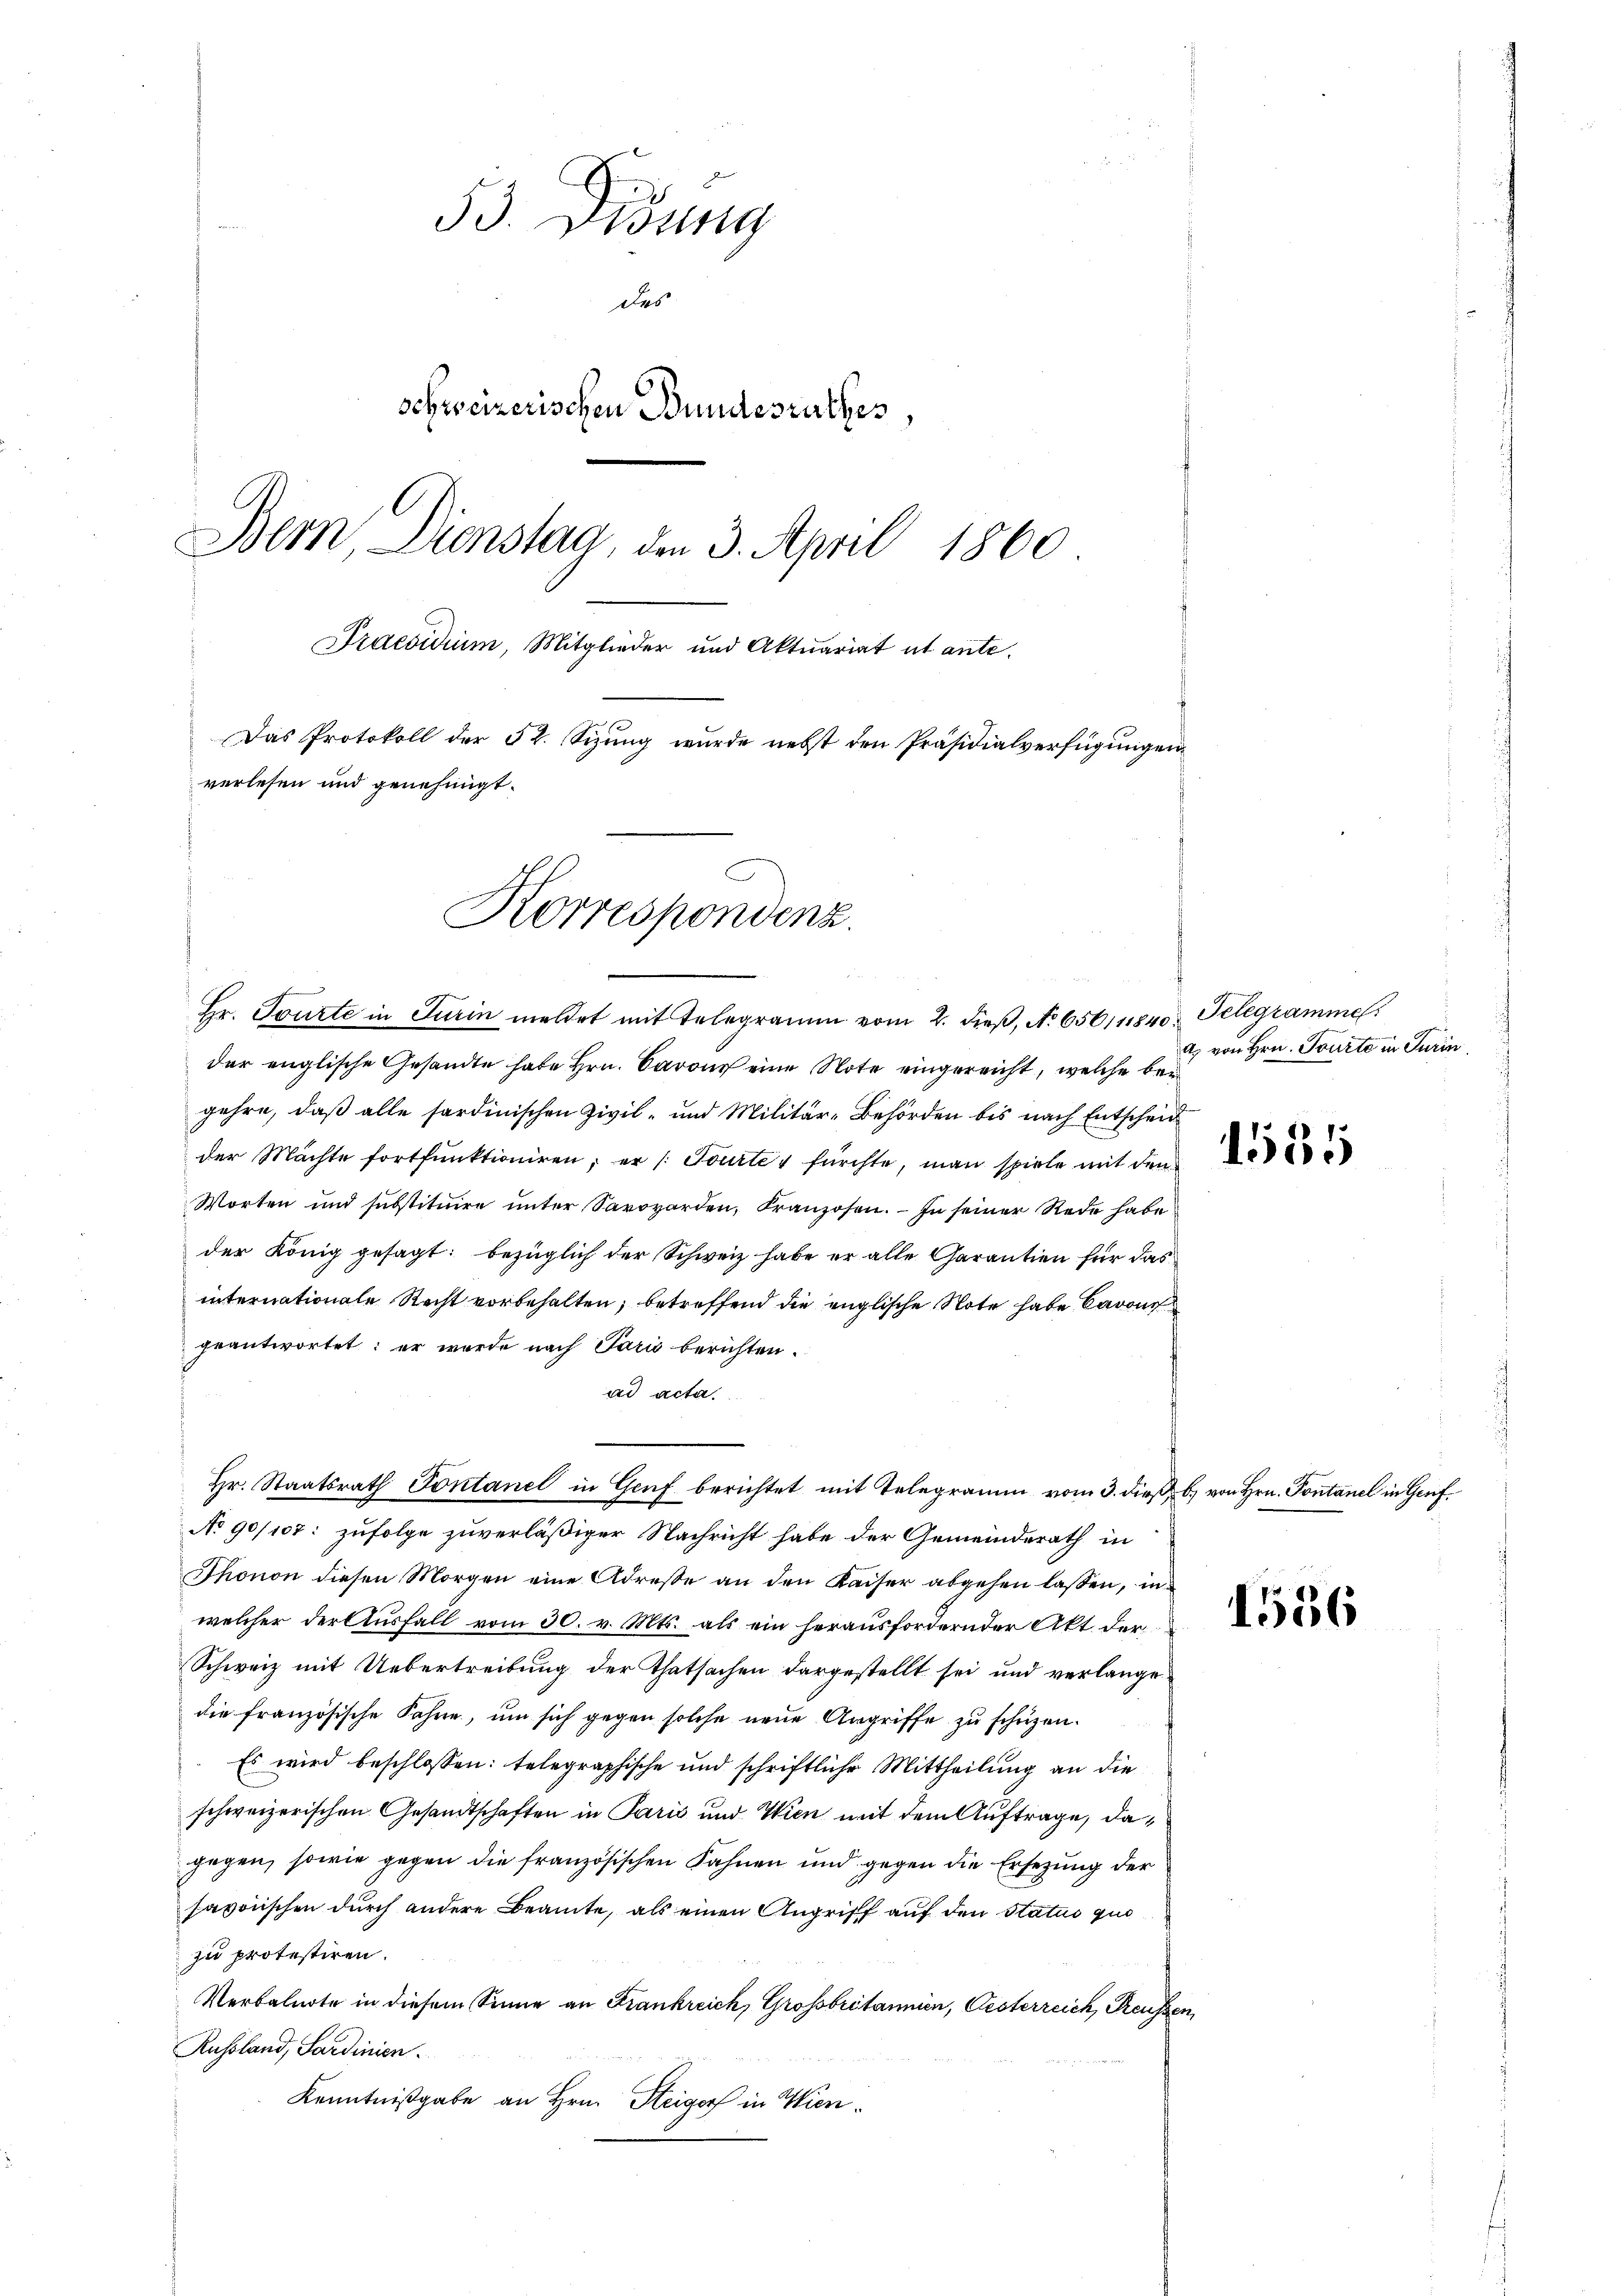
53. Disung
des
schweizerischen Bundesrathes,
Bern, Dienstag, den 3. April 1860
Praesidium, Mitglieder und Aktuariat ut ante-
Das Protokoll der 52. Sizung wurde nebst den Präsidialverfügungen
verlesen und genehmigt.
Korrespondenz.

Hr. Tourte in Turin meldet mit Telegramm vom 2. dieβ, No 656/11840, Telegrammel
der englische Gesandte habe Hrn. Barons eine Note eingereicht, welche bei
gehre, daß alle sardinischen Zivil- und Militär-Behörden bis nach Entscheid
der Mächte fortfunktioniren; er /: Tourter fürchte, man spiele mit den
Worten und substituire unter Savovorden, Franzosen. - In seiner Rede habe.
der König gesagt: bezüglich der Schweiz habe er alle Garantien für das
internationale Recht vorbehalten, betreffend die englische Note habe davon
geantwortet: er wurde nach Paris berichten.
ad acta.
Hr. Staatsrath Pontanel in Genf berichtet mit Telegramm vom 3. dieß b.) von Hrn. Pontanel in Genf¬
No 90/107: zufolge zuverläßiger Nachricht habe der Gemeinderath in
Thonon diesen Morgen eine Adresse an den Kaiser abgehen lassen, in
welcher der Ausfall vom 30. v. Mts. als ein herausfordernder Akt. der
Schweiz mit Uebertreibung der Thatsachen dargestellt sei und verlangedie französische Jahre, um sich gegen solche neue Angriffe zu schüzen.
Es wird beschlossen: telegraphische und schriftliche Mittheilung an die
schweizerischen Gesandtschaften in Paris und Wien mit dem Auftrage, dagegen, sowie gegen die französischen Fahnen und gegen die Ersezung der
savonischen durch andere Beamte, als einen Angriff auf den Status quo
zu protestiren.
Verbalnote in diesem Sinne an Frankreich, Großbritannien, Oesterreich, Preussen
Russland, Sardinien.
Kenntnißgabe an Hrn. Steiger in Wien¬

a. von Hrn. Tourte in Turin

1535

1556